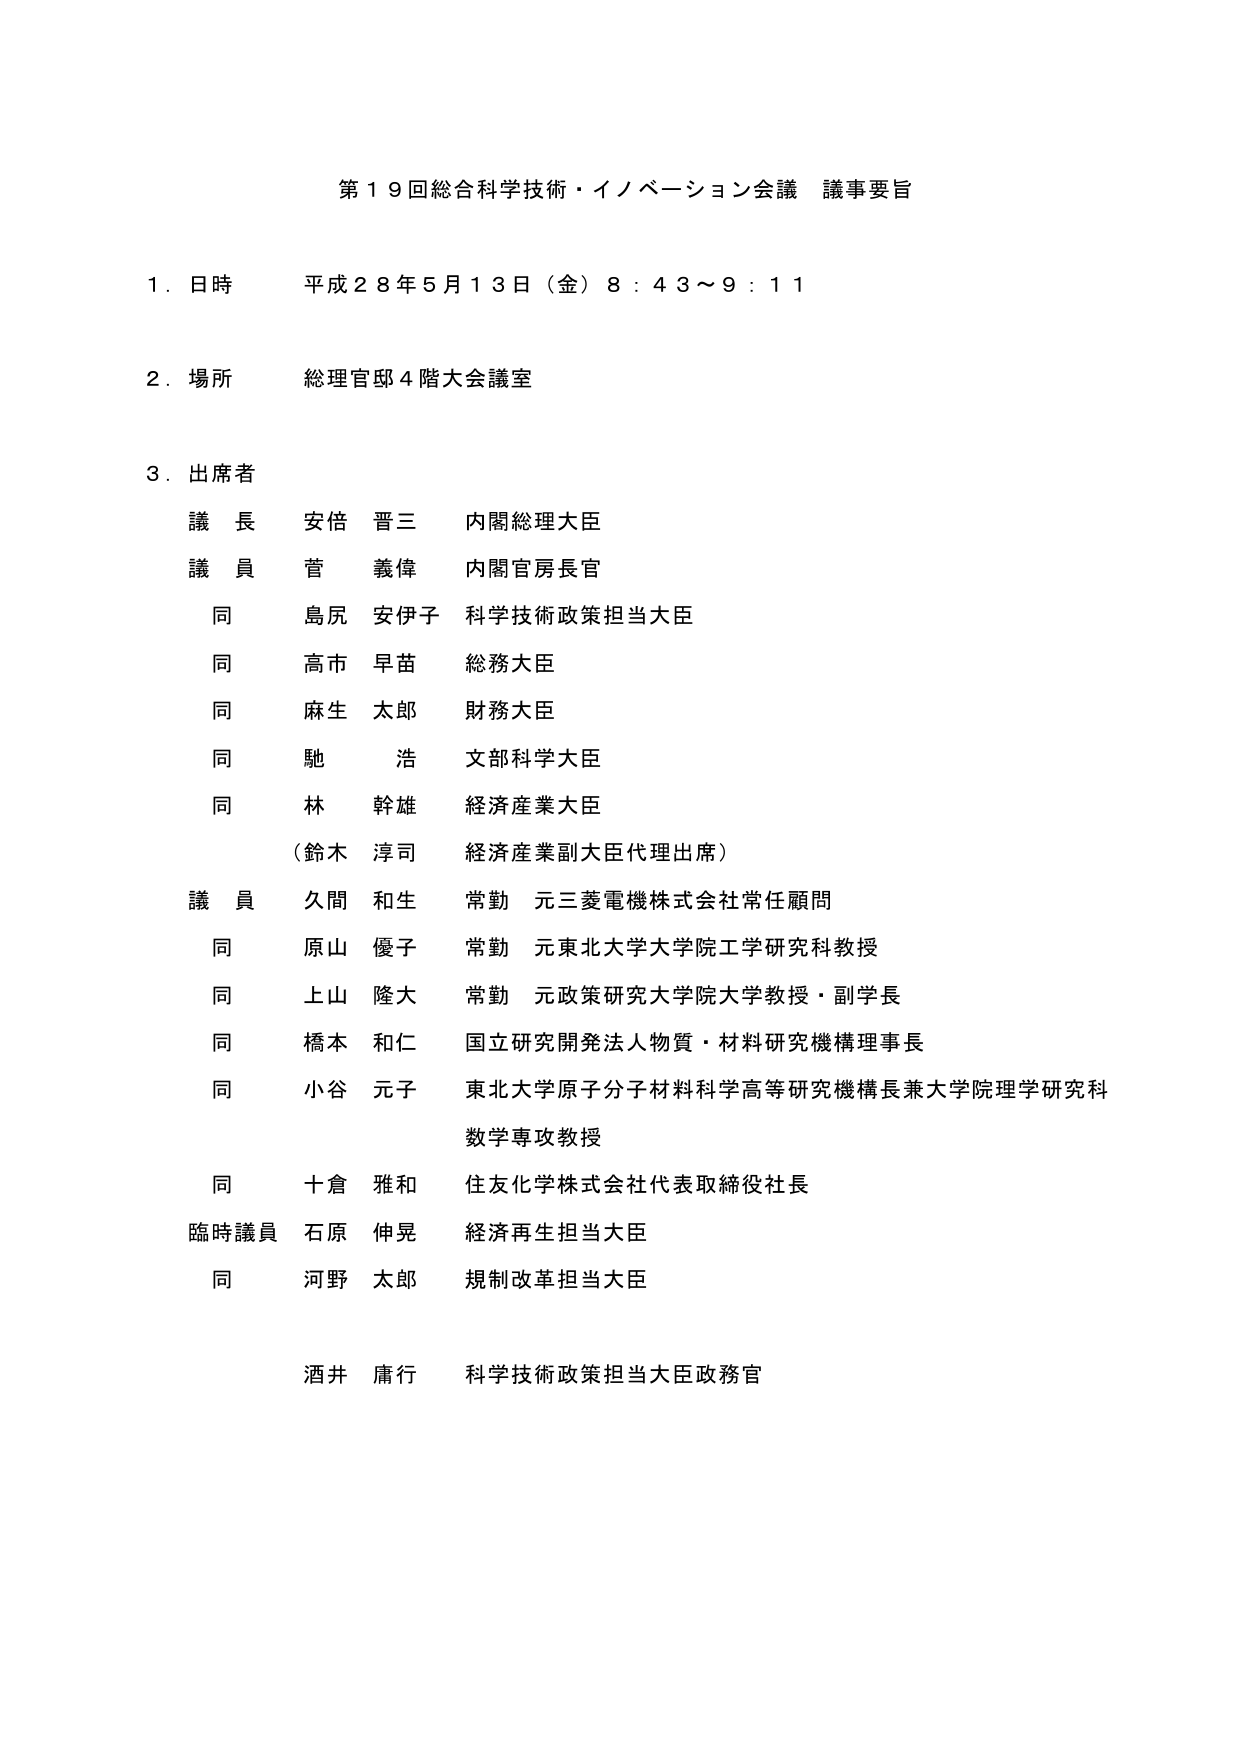
第１９回総合科学技術・イノベーション会議 議事要旨

１．日時 平成２８年５月１３日（金）８：４３～９：１１

２．場所 総理官邸４階大会議室

３．出席者
　議長 安倍 晋三 内閣総理大臣
　議員 菅 義偉 内閣官房長官
　　同 島尻 安伊子 科学技術政策担当大臣
　　同 高市 早苗 総務大臣
　　同 麻生 太郎 財務大臣
　　同 馳 浩 文部科学大臣
　　同 林 幹雄 経済産業大臣
　　　（鈴木 淳司 経済産業副大臣代理出席）
　議員 久間 和生 常勤 元三菱電機株式会社常任顧問
　　同 原山 優子 常勤 元東北大学大学院工学研究科教授
　　同 上山 隆大 常勤 元政策研究大学院大学教授・副学長
　　同 橋本 和仁 国立研究開発法人物質・材料研究機構理事長
　　同 小谷 元子 東北大学原子分子材料科学高等研究機構長兼大学院理学研究科
　　　　　　　数学専攻教授
　　同 十倉 雅和 住友化学株式会社代表取締役社長
　臨時議員 石原 伸晃 経済再生担当大臣
　　同 河野 太郎 規制改革担当大臣

　　酒井 庸行 科学技術政策担当大臣政務官